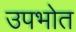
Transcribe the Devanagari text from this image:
उपभोत